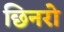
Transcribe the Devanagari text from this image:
छिनरो